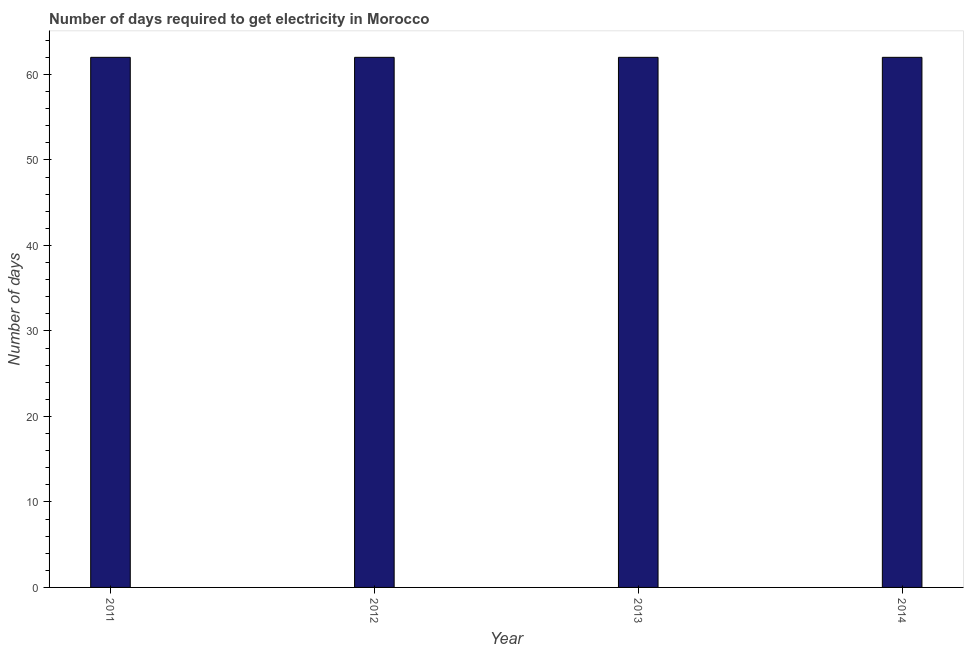
| Year | Time to get electricity |
 | --- | --- |
 | 2011 | 62 |
 | 2012 | 62 |
 | 2013 | 62 |
 | 2014 | 62 |